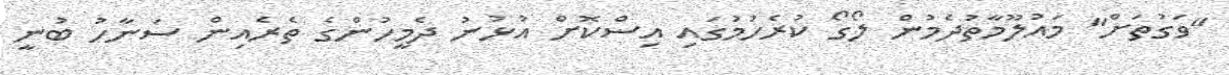
"ވަގުތަށް" މައުލޫމާތުދެމުން ލޯގޯ ކުރެހުމުގައި އިސްކޮށް އުޅުނު ދެމީހުންގެ ތެރެއިން ސަނާހު ބުނީ